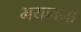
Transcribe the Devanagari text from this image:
भयावना